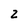
Character: 2